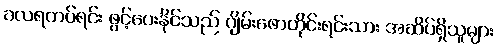
ခလရတပ်ရင်း ဖွင့်ပေးနိုင်သည် ဂျိမ်းဖောတိုင်းရင်းသား အဆိပ်ရှိသူများ